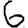
Digit: 6